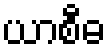
ယာစီဓ